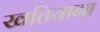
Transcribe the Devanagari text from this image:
खतियाना